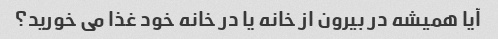
آیا همیشه در بیرون از خانه یا در خانه خود غذا می خورید؟